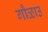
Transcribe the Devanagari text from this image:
गौळाउ